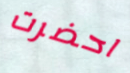
احضرت